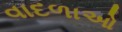
વાદળાઓ